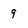
Character: 9